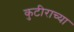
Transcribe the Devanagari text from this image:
कुटीराच्या